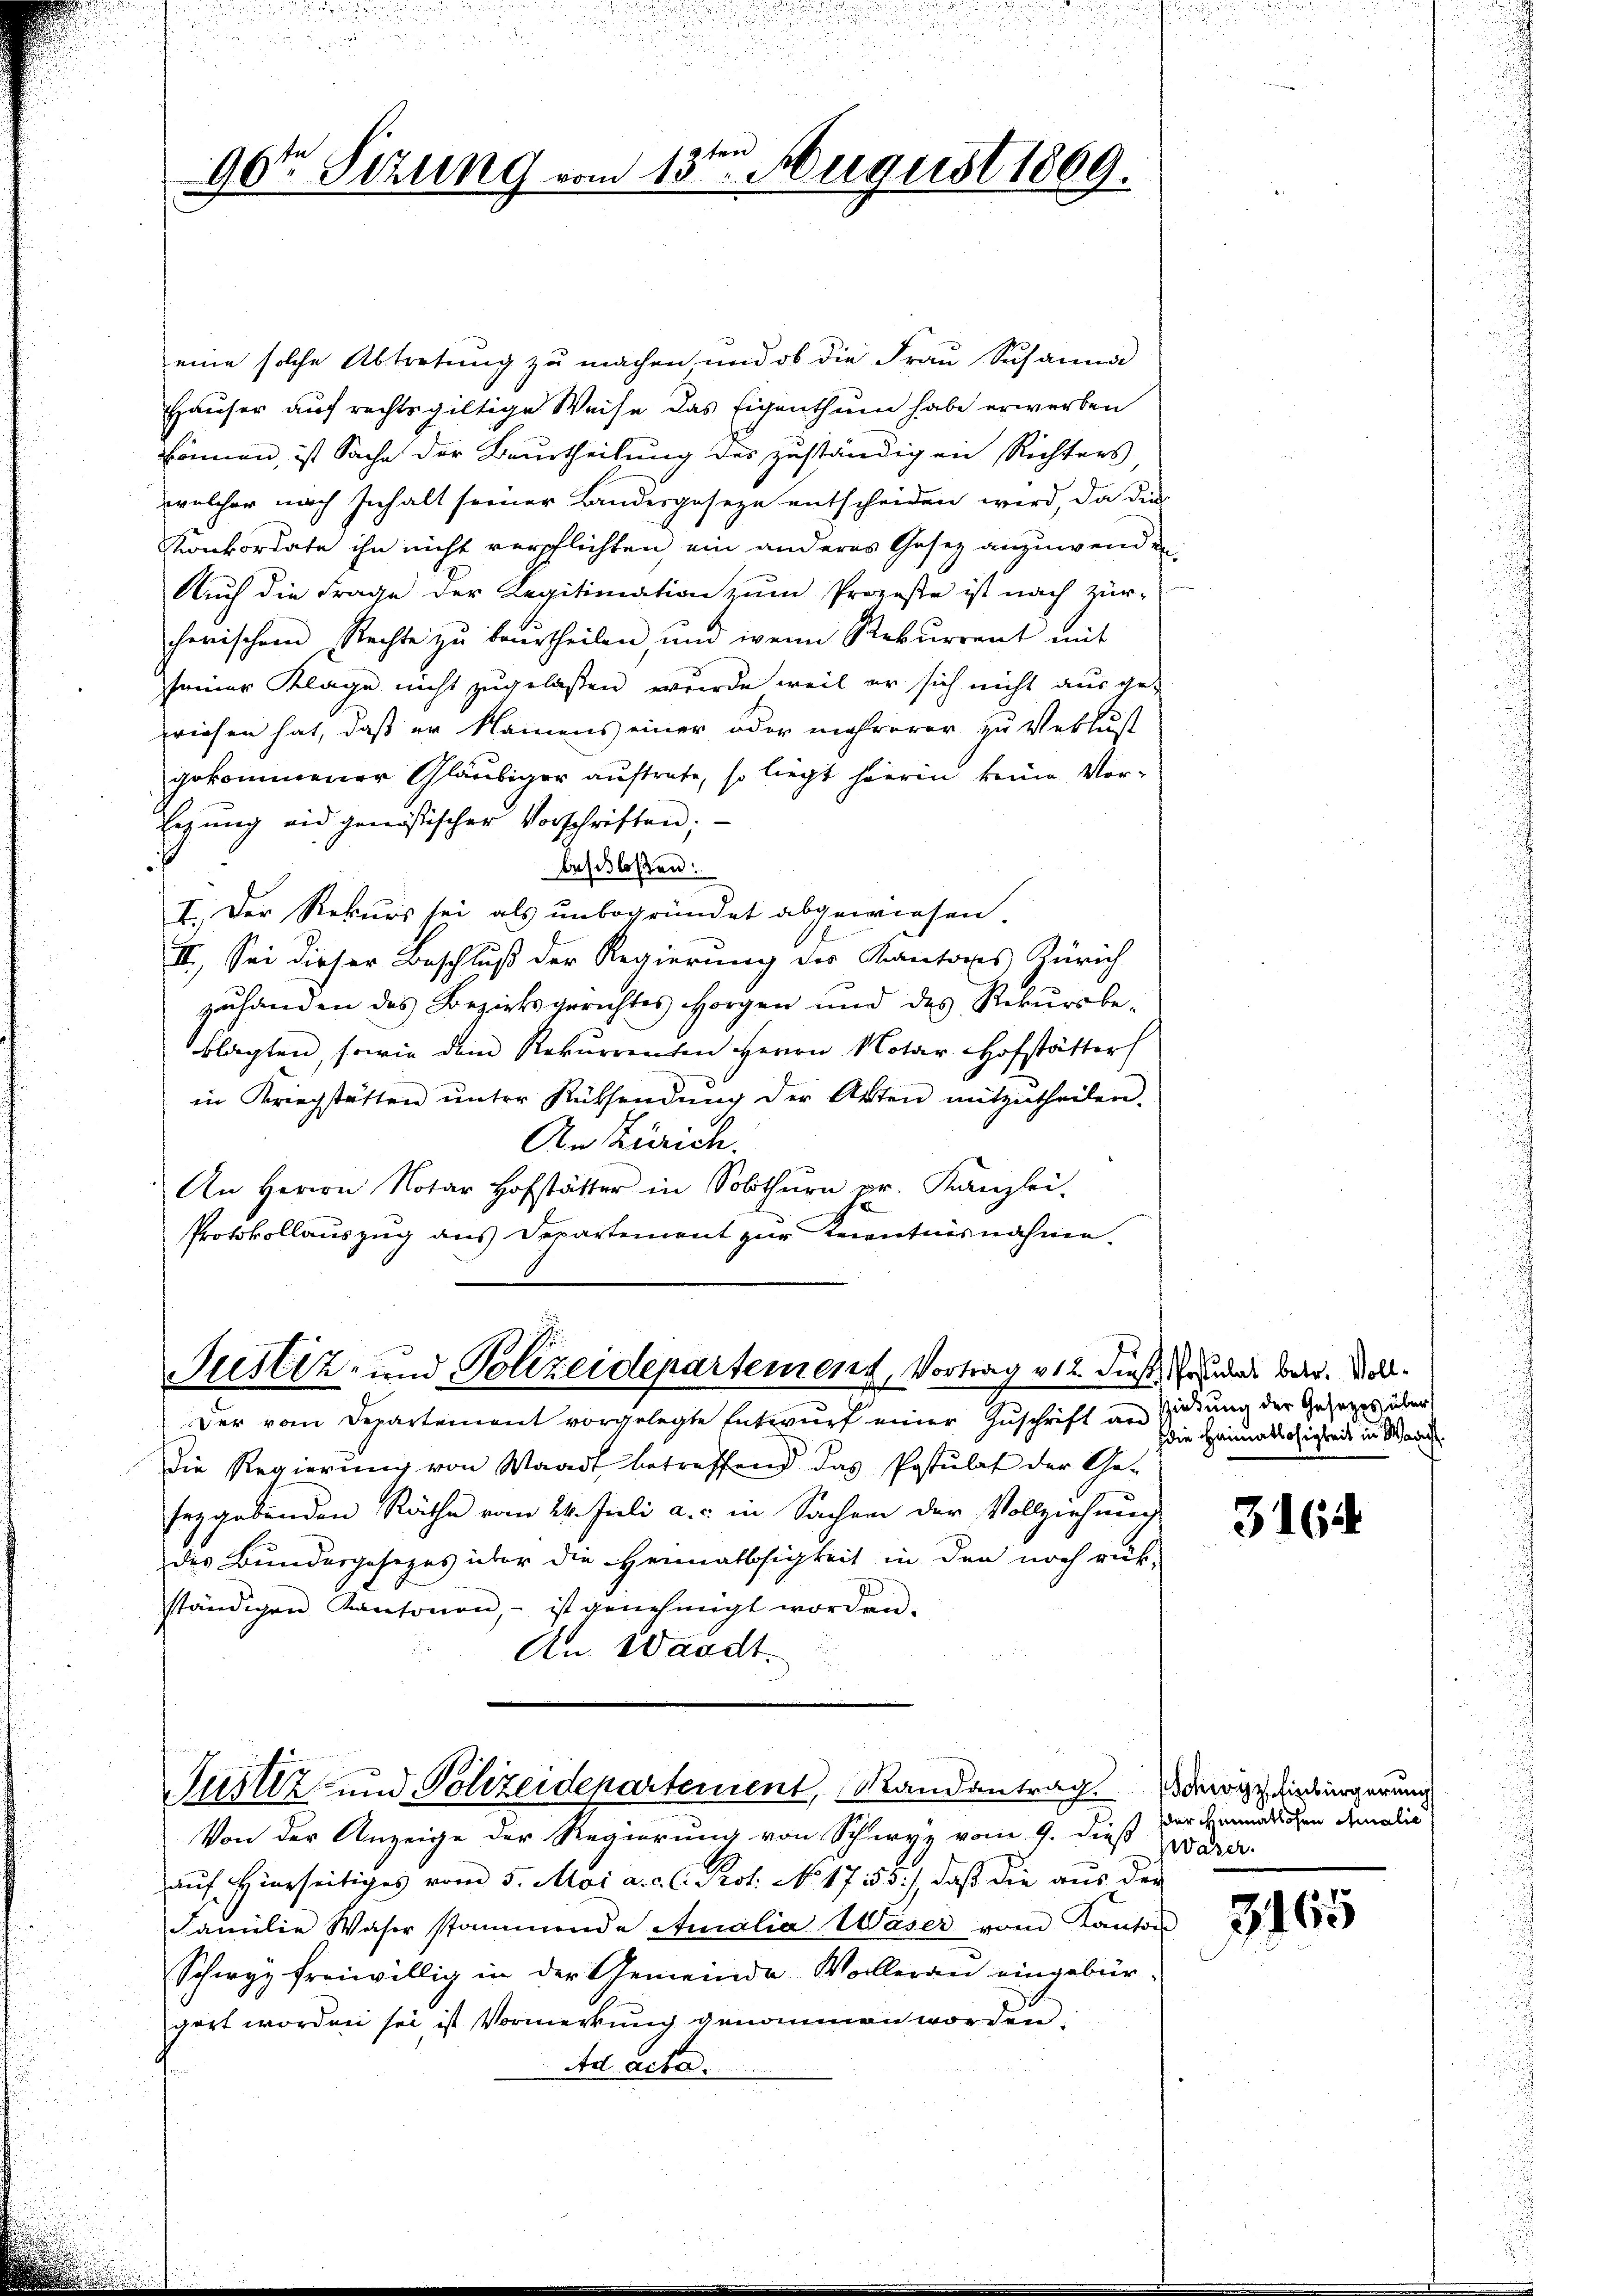
90ten Sizung vom 13ten August 1869.

eine solche Abtretung zu machen und ob die Frau Susanna
Häuser auf rechtsgültige Weise das Eigenthum habe erwerben
können, ist Sache der Beurtheilung des zuständigen Richters,
welcher nach Inhalt seiner Landesgeseze entscheiden wird, da dies
Konkordate ihn nicht verpflichten ein anderes Gesez anzuwenden
Auch die Frage der Regitimation zŭm Prozeße ist nach Zür-
cherischen Rechte zu beurtheilen, und wenn Rekurrent mit
seiner Klage nicht zugelaßen, wurde, weil er sich nicht aus ge-
priesen hat, daß er Namens einer oder mehrerer zu Verlust
gekommener Gläubiger auftrete, so liegt hierin keine Vor¬
Eegung und genössischer Vorschriften;
beschloßen:
I. Der Rekurs sei als unbegründet abgewiesen.
16
II. Sei dieser Beschluß der Regierung des Kantons Zürich
zuhanden des Bezirksgerichtes Horgen und des Rekursbe-
klagten, sowie dem Rekurrenten Herrn Notar Hofstätter
in Kriegstätten ŭnter Rücksendŭng der Akten mitzutheilen.
An Zürich.
An Herrn Notar Hofstätter in Solothurn pr. Kanzlei.
A
Protokollauszug aus Departement zur Kenntnisnahme.

Justiz- und Polizeidepartement, Vortrag v. 12. diese Grunds betr. Voll¬

Der vom Departement vorgelegte Entwurf einer Zuschrift an Zirkung der Gesetzes über
Die Regierung von Waadt betreffend das Postulat der Ge-
seggebenden Räthe vom 24. Juli a. c. in Sachen der Vollziehung
des Bundergesezes über die Heimatlosigkeit in den noch rück-
ständigen Kantonen, ist genehmigt worden.
An Waadt.

Von der Anzeige der Regierung von Schwyz vom 9. dieß der
auf Hierseitiges vom 5. Mai a. c. l. Prot. No 17353), daß die aus der
Familie Waser stammende Amalia Waser vom Kanton
Schwyz freiwillig in der Gemeinde Wolleran eingebürgert worden sei, ist Vormerkung genommen worden.
Ad acta.

Justiz- und Polizeidepartement, Randantrag doch einbürgerung

hdie Heimatlosigkeit in Wadi

3164

dder Heimatlosen Amalie

3163